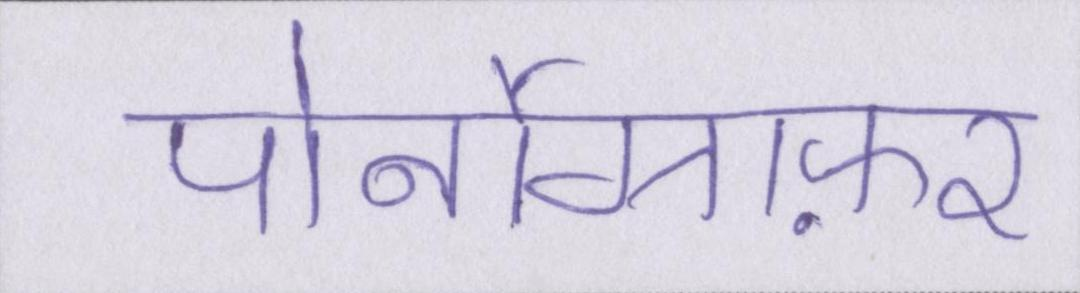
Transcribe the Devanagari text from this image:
पोर्नोग्राफ़र